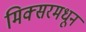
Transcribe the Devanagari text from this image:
मिक्सरमधून